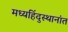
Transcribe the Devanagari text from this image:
मध्यहिंदुस्थानांत